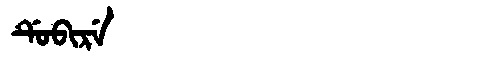
Manchu: ᡩᡠᠪᡳᡵᡝ
Romanization: DUBIRE